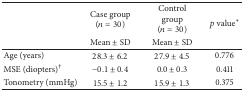
<table><thead><tr><td><b> </b></td><td><b>Case group (<i>n</i> = 30)</b></td><td><b>Control group (<i>n</i> = 30)</b></td><td rowspan="2"><b><i>p</i> value<sup><i>∗</i></sup></b></td></tr><tr><td><b> </b></td><td><b>Mean ± SD</b></td><td><b>Mean ± SD</b></td></tr></thead><tbody><tr><td>Age (years)</td><td>28.3 ± 6.2</td><td>27.9 ± 4.5</td><td>0.776</td></tr><tr><td>MSE (diopters)<sup>†</sup></td><td>−0.1 ± 0.4</td><td>0.0 ± 0.3</td><td>0.411</td></tr><tr><td>Tonometry (mmHg)</td><td>15.5 ± 1.2</td><td>15.9 ± 1.3</td><td>0.375</td></tr></tbody></table>